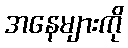
အနေများကို